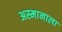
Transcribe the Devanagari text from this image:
अस्मानाला